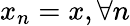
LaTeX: x_{n}=x,\forall n